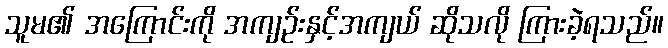
သူမ၏ အကြောင်းကို အကျဉ်းနှင့်အကျယ် ဆိုသလို ကြားခဲ့ရသည်။